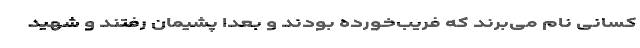
کسانی نام می‌برند که فریب‌خورده‌ بودند و بعدا پشیمان رفتند و شهید